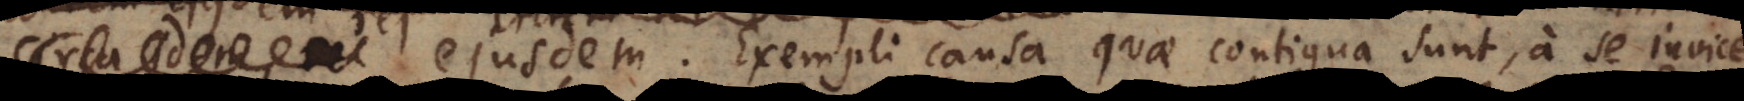
idem, ut ejusdem. Exempli causa quae contigua sunt, a se invic